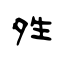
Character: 夝